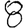
Digit: 8